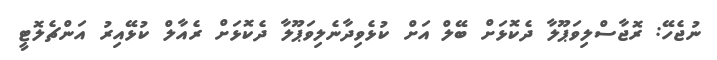
ނުޖެހޭ: ރޮޖާސްލިވަޕޫލާ ދެކޮޅަށް ބޭލް އަށް ކުޅެވިދާނެލިވަޕޫލާ ދެކޮޅަށް ރެއާލް ކުޅޭއިރު އަންޗެލޮޓީ